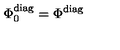
\Phi _ { 0 } ^ { \mathrm { d i a g } } = \Phi ^ { \mathrm { d i a g } }